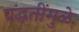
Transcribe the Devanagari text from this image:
पद्धतींमुळे